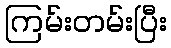
ကြမ်းတမ်းပြီး